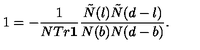
1 = - \frac { 1 } { N T r { \bf 1 } } \frac { \tilde { N } ( l ) \tilde { N } ( d - l ) } { N ( b ) N ( d - b ) } .